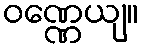
ဝဏ္ဏေယျ။